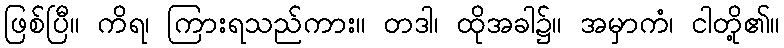
ဖြစ်ပြီ။ ကိရ၊ ကြားရသည်ကား။ တဒါ၊ ထိုအခါ၌။ အမှာကံ၊ ငါတို့၏။